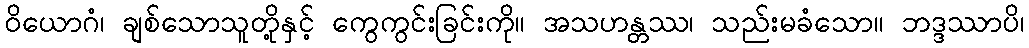
ဝိယောဂံ၊ ချစ်သောသူတို့နှင့် ကွေကွင်းခြင်းကို။ အသဟန္တဿ၊ သည်းမခံသော။ ဘဒ္ဒဿာပိ၊